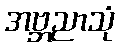
အဗ္ဘညာသုံ